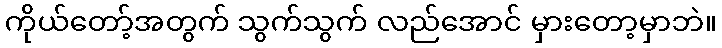
ကိုယ်တော့်အတွက် သွက်သွက် လည်အောင် မှားတော့မှာဘဲ။